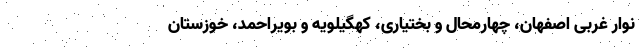
نوار غربی اصفهان، چهارمحال و بختیاری، کهگیلویه و بویراحمد، خوزستان